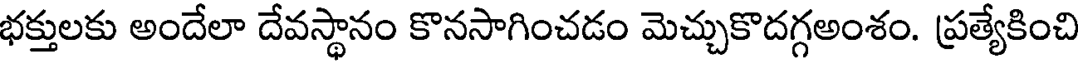
భక్తులకు అందేలా దేవస్థానం కొనసాగించడం మెచ్చుకొదగ్గఅంశం. ప్రత్యేకించి